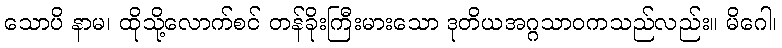
သောပိ နာမ၊ ထိုသို့လောက်စင် တန်ခိုးကြီးမားသော ဒုတိယအဂ္ဂသာဝကသည်လည်း။ မိဂေါ၊